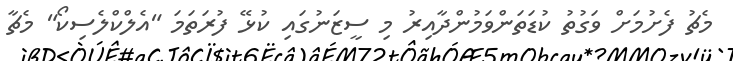
މެޗު ފެށުމަށް ވަގުތު ކުޑަތަންވަމުންދާއިރު މި ސީޒަނުގައި ކުޅޭ ފުރަތަމަ "އެލްކްލެސިކޯ" މެޗާ